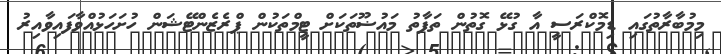
މިމުބާރާތުގައި ޑިމޮކްރަސީ އާ ގުޅޭ ގޮތުން ތަފާތު މައުޟޫތަކަށް ޓީމްތަކުން ޕްރެޒެންޓޭޝަން ހުށަހަޅުއްވާފައިވާއިރު